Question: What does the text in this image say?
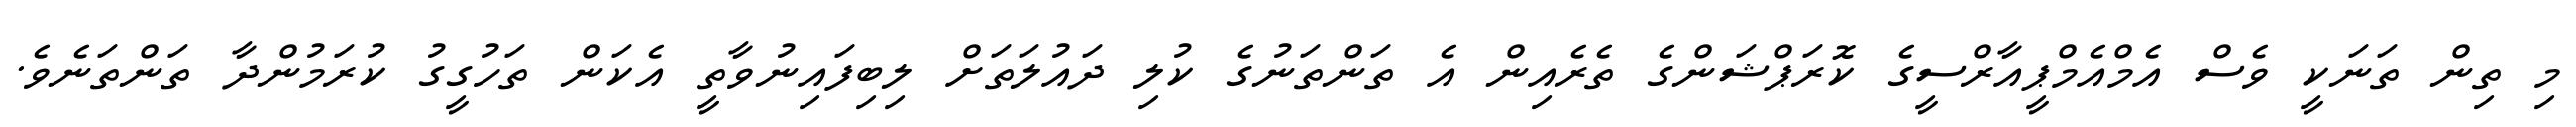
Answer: މި ތިން ތަނަކީ ވެސް އެމްއެމްޕީއާރްސީގެ ކޮރަޕްޝަންގެ ތެރެއިން އެ ތަންތަނުގެ ކުލި ދައުލަތަށް ލިބިފައިނުވާތީ އެކަން ތަހުގީގު ކުރަމުންދާ ތަންތަނެވެ.